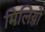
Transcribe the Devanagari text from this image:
मिलियो